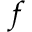
f